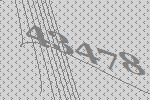
43478